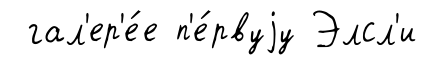
гал'ер'е́е п'е́рвуjу Элсл'и